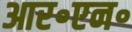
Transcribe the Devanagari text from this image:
आर॰एन॰